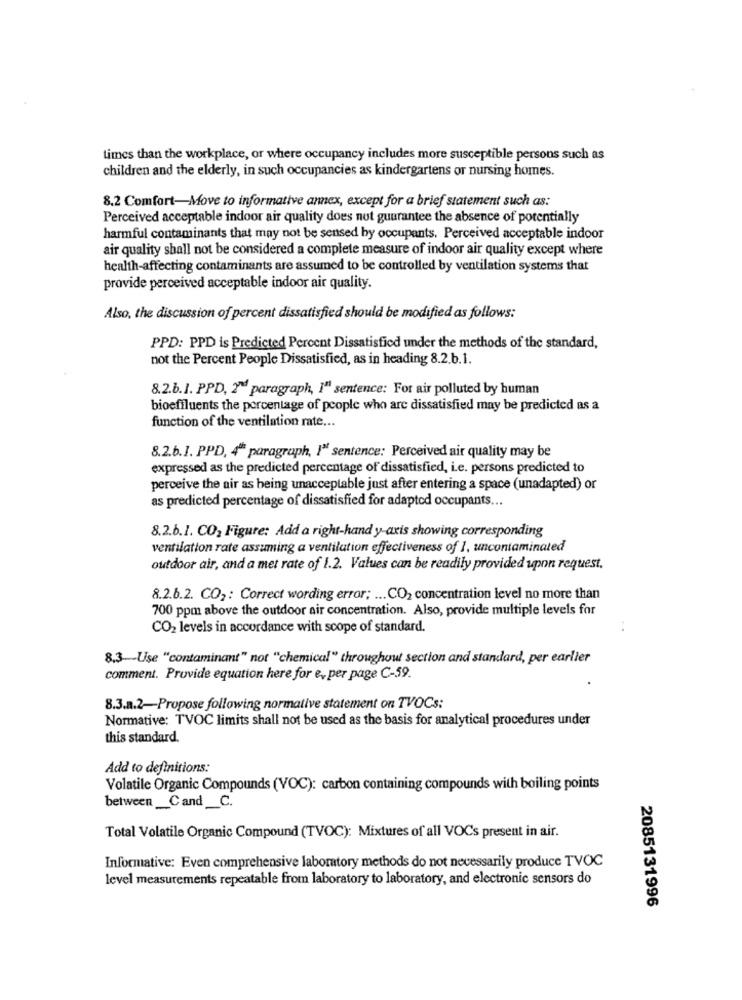
times than the workplace, or where occupancy includes more susceptible persons such as
children and the elderly, in such occupancies as kindergartens or nursing homes.
8.2 Comfort-Move to informative annex, except for a brief statement such as:
Perceived acceptable indoor air quality does not guarantee the absence of potentially
harmful contaminants that may not be sensed by occupants. Perceived acceptable indoor
air quality shall not be considered a complete measure of indoor air quality except where
health-affecting contaminants are assumed to be controlled by ventilation systems that
provide perceived acceptable indoor air quality.
Also, the discussion of percent dissatisfied should be modified as follows:
PPD: PPD is Predicted Percent Dissatisfied under the methods of the standard,
not the Percent People Dissatisfied, as in heading 8.2.b.1.
8.2.b.1. PPD, 2d paragraph, I" sentence: For air polluted by human
bioeffluents the percentage of people who are dissatisfied may be predicted as a
function of the ventilation rate ...
8.2.6.1. PPD, 4" paragraph, I" sentence: Perceived air quality may be
expressed as the predicted percentage of dissatisfied, i.e. persons predicted to
perceive the air as being unacceptable just after entering a space (unadapted) or
as predicted percentage of dissatisfied for adapted occupants ...
8.2.6.1. CO2 Figure: Add a right-hand y-axis showing corresponding
ventilation rate assuming a ventilation effectiveness of 1, uncontaminated
outdoor air, and a met rate of 1.2. Values can be readily provided upon request.
8.2.6.2. CO2: Correct wording error; ... CO2 concentration level no more than
700 ppm above the outdoor air concentration. Also, provide multiple levels for
CO2 levels in accordance with scope of standard.
8.3-Use "contaminant" not "chemical" throughout section and standard, per earlier
comment. Provide equation here for e, per page C-59.
8.3.a.2-Propose following normative statement on TVOCs:
Normative: TVOC limits shall not be used as the basis for analytical procedures under
this standard.
Add to definitions:
Volatile Organic Compounds (VOC): carbon containing compounds with boiling points
between_Cand_C.
Total Volatile Organic Compound (TVOC): Mixtures of all VOCs present in air.
Informative: Even comprehensive laboratory methods do not necessarily produce TVOC
level measurements repeatable from laboratory to laboratory, and electronic sensors do
2085131996